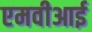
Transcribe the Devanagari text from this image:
एमवीआई